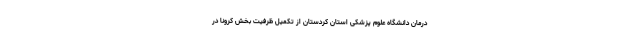
درمان دانشگاه علوم پزشکی استان کردستان از تکمیل ظرفیت بخش کرونا در